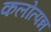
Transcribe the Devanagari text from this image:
कलोत्पन्न